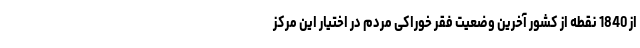
از 1840 نقطه از کشور آخرین وضعیت فقر خوراکی مردم در اختیار این مرکز